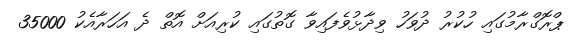
ޕްރޮގްރާމުގައި ހުކުރު ދުވަހު ވިދާޅުވެފައިވާ ގޮތުގައި ކުރިއަށް އޮތް ދެ އަހަރާއެކު 35000